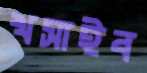
খসাইব